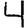
Digit: 4